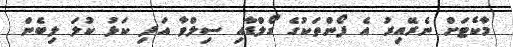
މާކެޓަށް ނެރޭއިރު އެ ފޯންތަކުގެ ގޯލްޑާއި ސިލްވާ އަދި ކަޅު ކުލަ ލިބެން